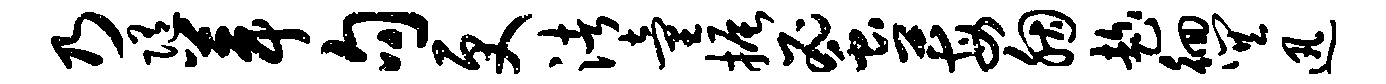
乃随葺句更渚童振蜜莓胭趁徊巽迅